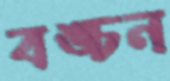
বঙ্চন